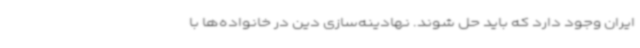
ایران وجود دارد که باید حل شوند. نهادینه‌سازی دین در خانواده‌ها با